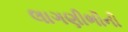
લાગણીભીની